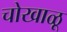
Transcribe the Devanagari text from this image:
चोखाळू